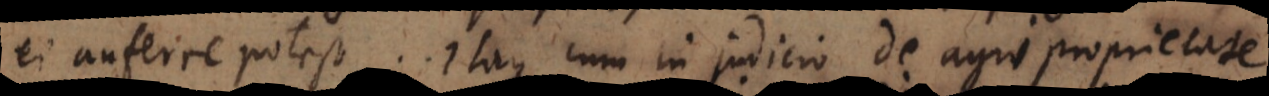
ei auferre potest. Itaque cum in judicio de agri proprietate